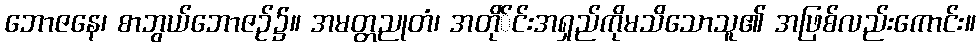
ဘောဇနေ၊ စာဘွယ်ဘောဇဉ်၌။ အမတ္တညုတံ၊ အတို်င်းအရှည်ကိုမသိသောသူ၏ အဖြစ်လည်းကောင်း။